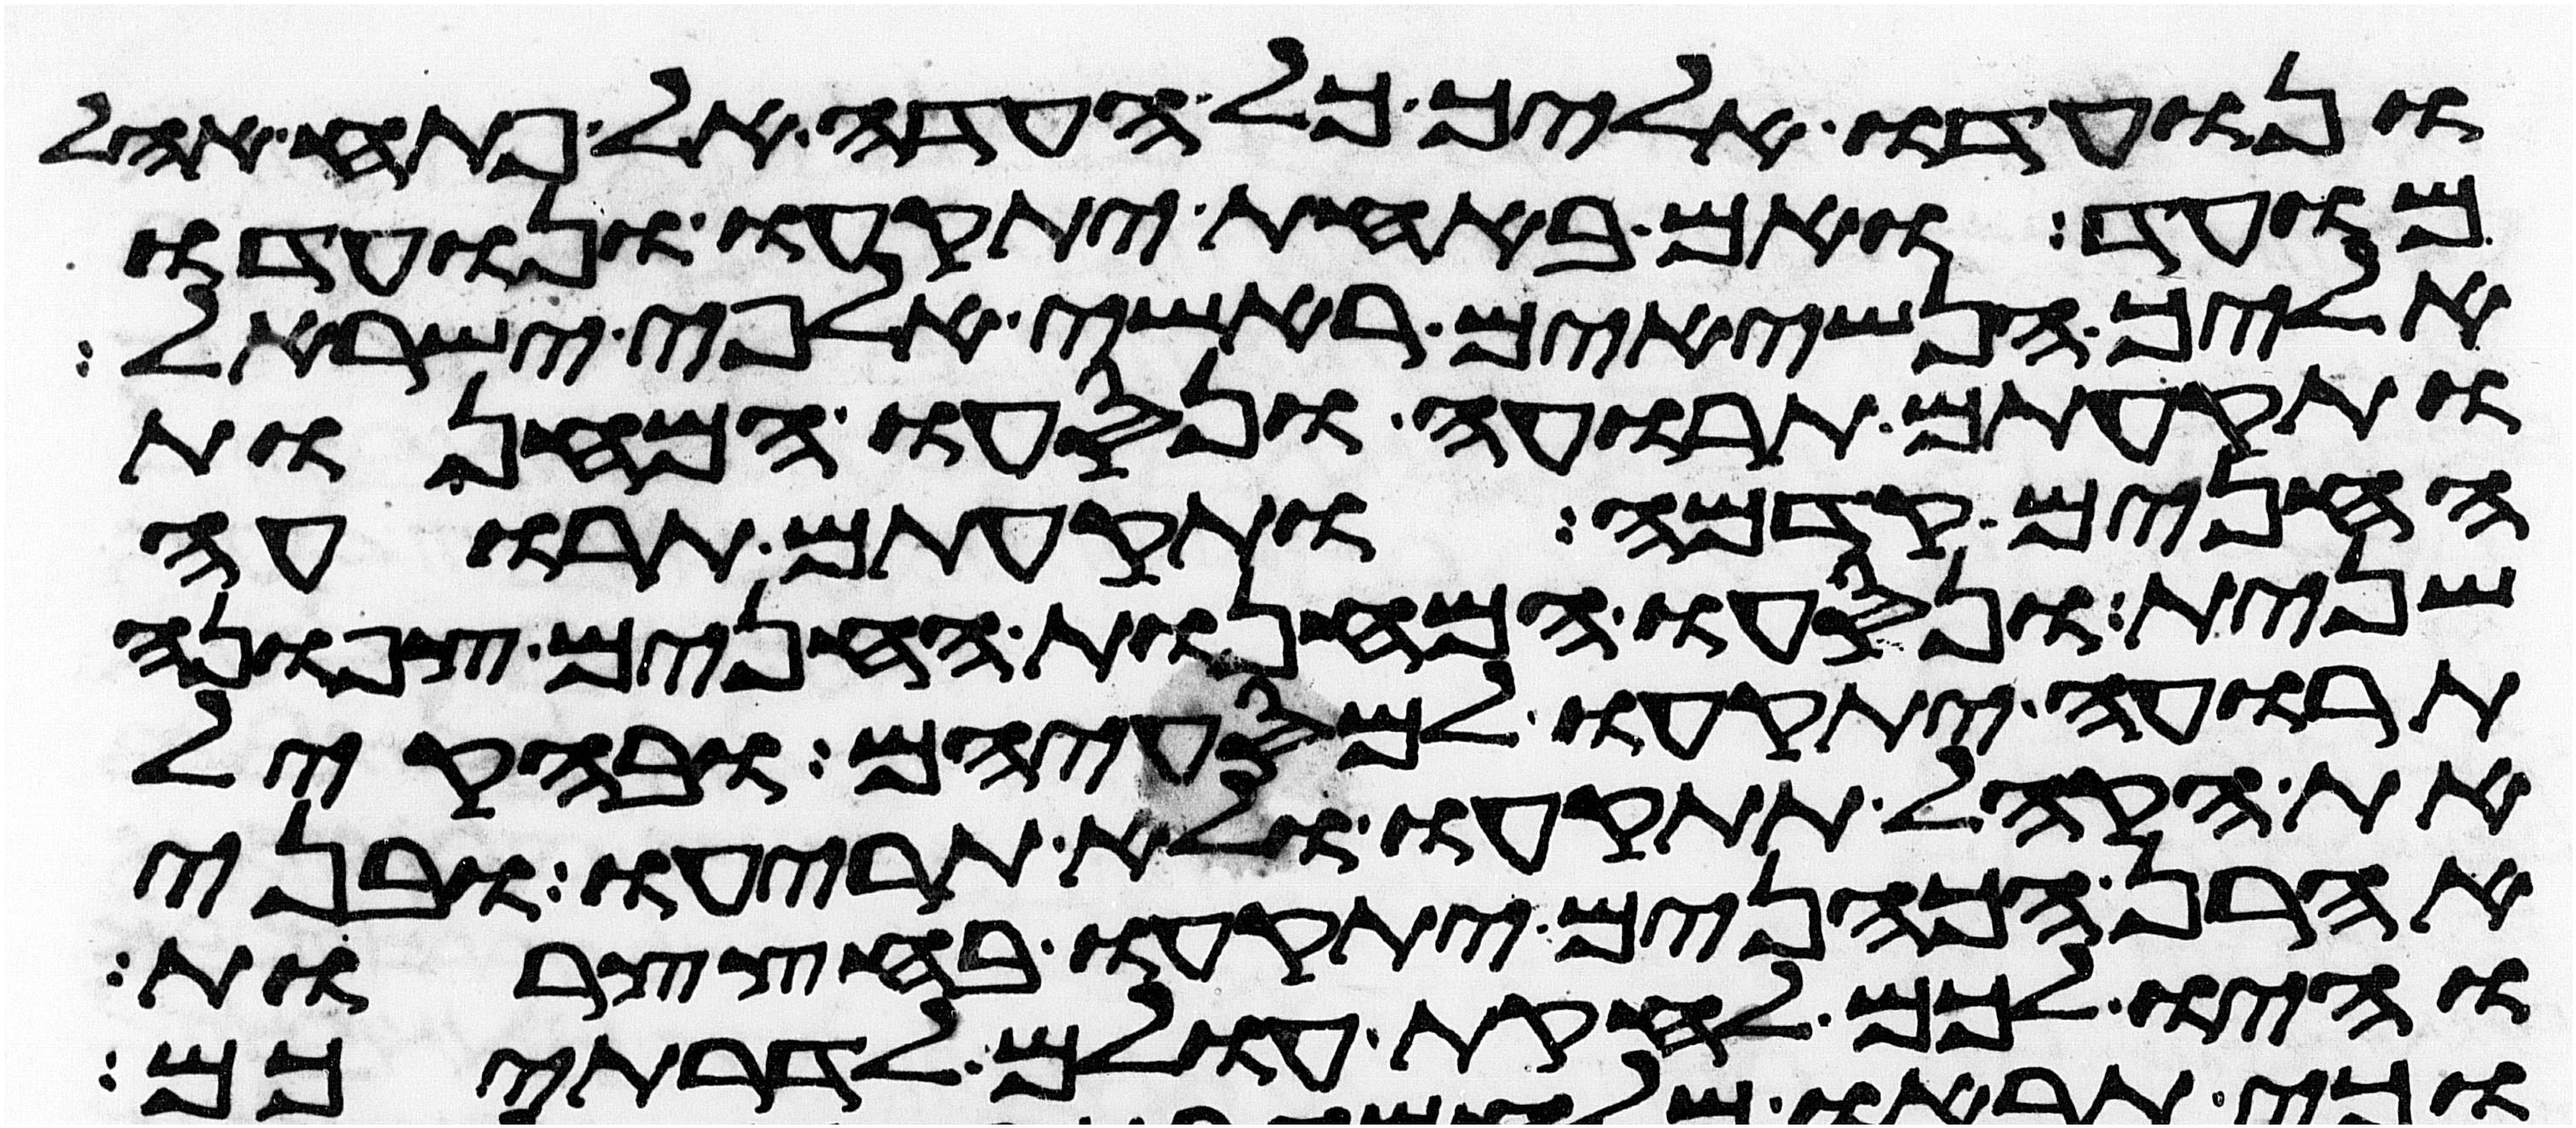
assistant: ונועדו אליך כל העדה אל פתח אהל
מועד ואם באחת יתקעו ונועדו
אליך הנשיאים ראשי אלפי ישראל
ותקעתם תרועה ונסעו המחנות
החנים קדמה ותקעתם תרועה
שנית ונסעו המחנות החנים צפונה
תרועה יתקעו למסעיהם ובהקהל
את הקהל תתקעו ולא תריעו ובני
אהרן הכהנים יתקעו בחצצרות
והיו לכם לחקות עולם לדרתיכם